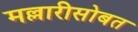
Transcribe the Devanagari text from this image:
मल्लारीसोबत